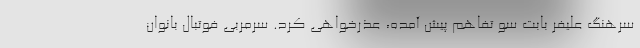
سرهنگ علیفر بابت سو تفاهم پیش آمده، عذرخواهی کرد. سرمربی فوتبال بانوان